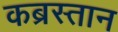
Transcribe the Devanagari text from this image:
कब्रस्‍तान